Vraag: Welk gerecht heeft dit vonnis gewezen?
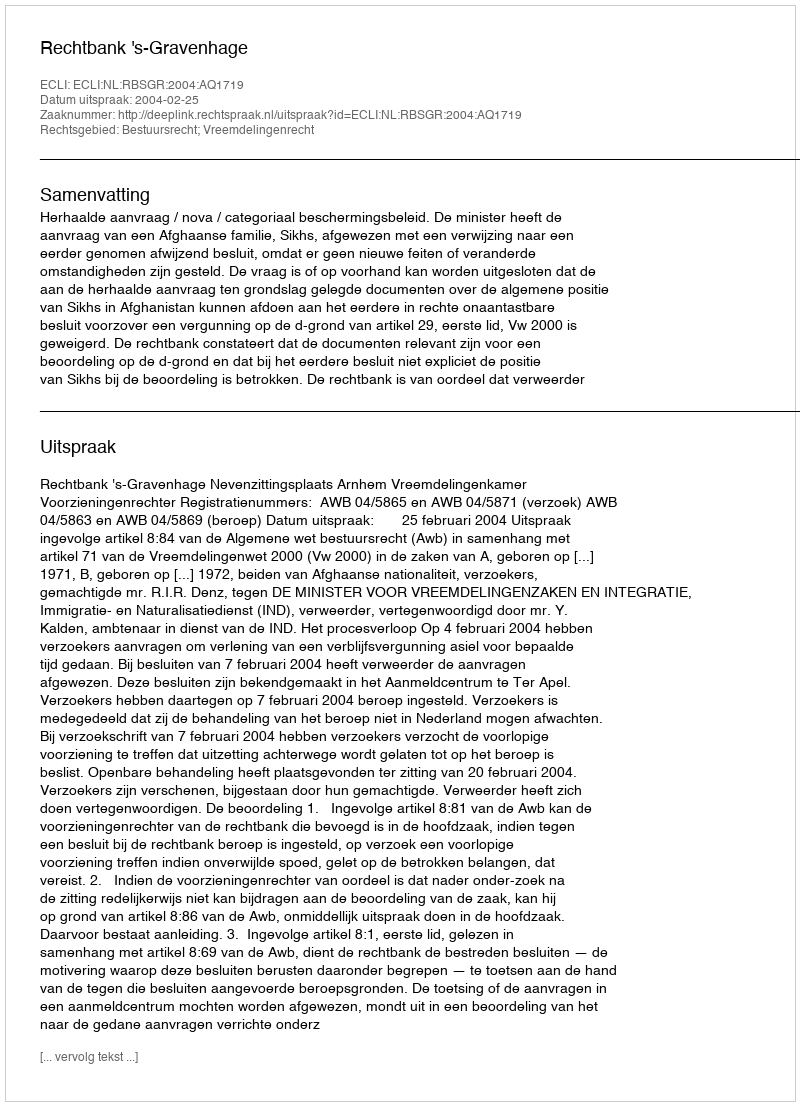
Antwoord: Rechtbank 's-Gravenhage